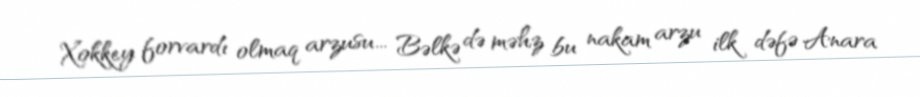
Xokkey forvardı olmaq arzusu... Bəlkə də məhz bu nakam arzu ilk dəfə Anara